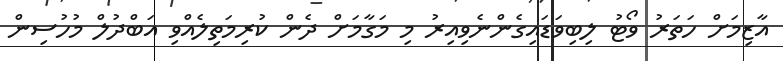
އާޒިމަށް ހަތަރު ވޯޓު ލިބިވަޑައިގެންނެވިއިރު މި މަގާމަށް ދެން ކުރިމަތިލެއްވި އަބްދުލް މުހުސިން